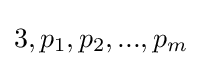
3,p_{1},p_{2},...,p_{m}